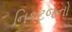
નિકટજનો